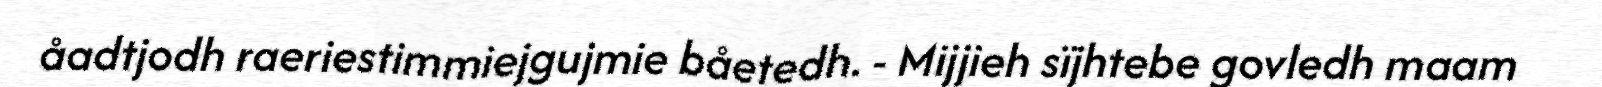
åadtjodh raeriestimmiejgujmie båetedh. - Mijjieh sïjhtebe govledh maam